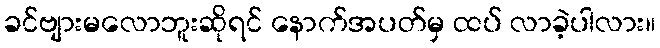
ခင်ဗျားမလောဘူးဆိုရင် နောက်အပတ်မှ ထပ် လာခဲ့ပါလား။